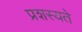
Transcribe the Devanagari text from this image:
प्रशस्यते